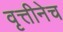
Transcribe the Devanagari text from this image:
वृत्तीनेच